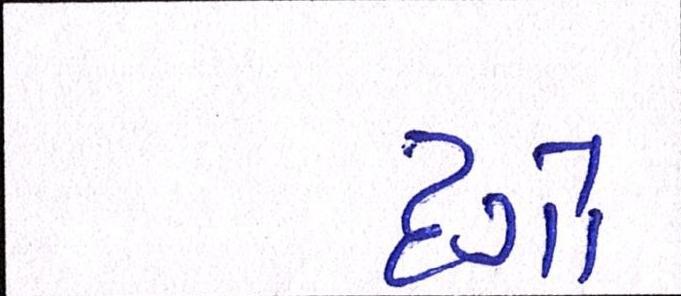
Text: દગો